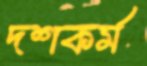
দশকর্ম